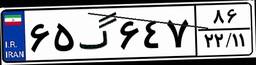
۴۴گ۲۳۵۰۷